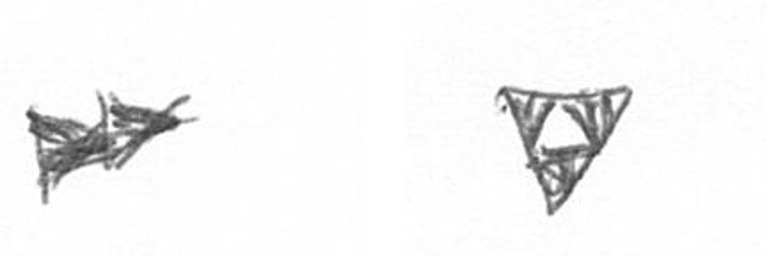
A S